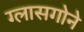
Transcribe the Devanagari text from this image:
ग्लासगोने